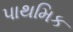
પાથમિક